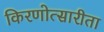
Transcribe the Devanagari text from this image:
किरणोत्सारीता